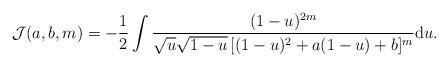
LaTeX: \begin{align*}\mathcal{J}(a, b, m) = - \frac{1}{2} \int \frac{(1-u)^{2m}}{\sqrt{u} \sqrt{1 - u} \, [(1 - u)^{2} + a(1-u) + b]^{m}} {\rm d} u. \end{align*}